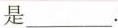
是___。